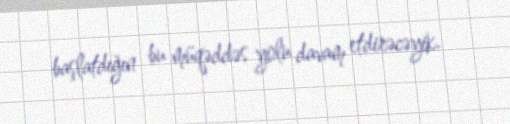
başlatdığın bu müqəddəs yolu davam etdirəcəyik.